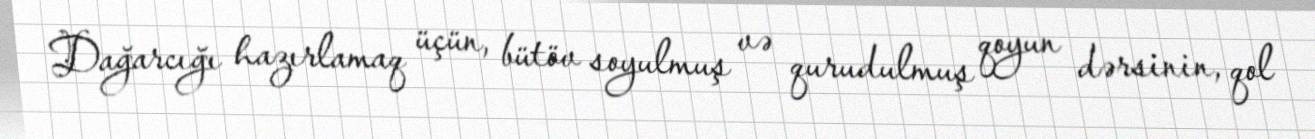
Dağarcığı hazırlamaq üçün, bütöv soyulmuş və qurudulmuş qoyun dərsinin, qol